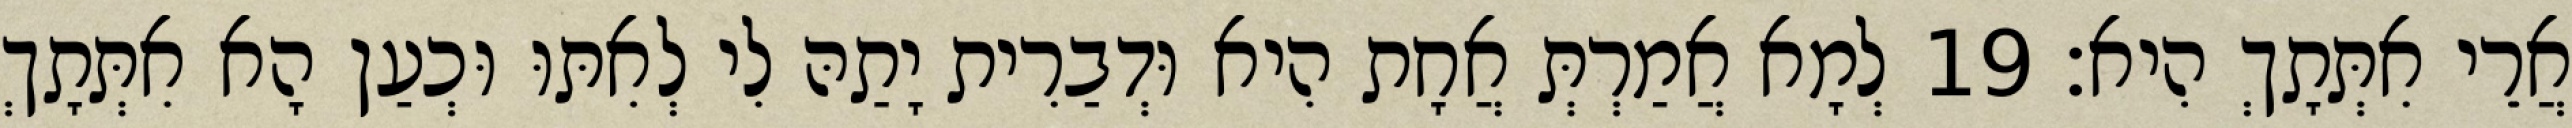
אֲרֵי אִתְּתָךְ הִיא׃ 19 לְמָא אֲמַרְתְּ אֲחָת הִיא וּדְבַרִית יָתַהּ לִי לְאִתּוּ וּכְעַן הָא אִתְּתָךְ